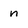
Character: n